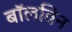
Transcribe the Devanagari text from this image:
बॉलविन